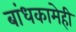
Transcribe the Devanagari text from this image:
बांधकामेही